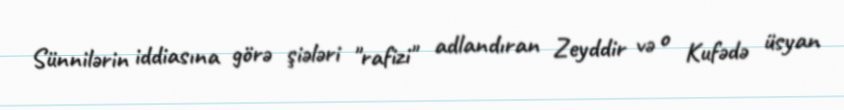
Sünnilərin iddiasına görə şiələri "rafizi" adlandıran Zeyddir və o Kufədə üsyan